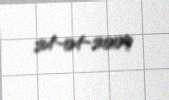
24-04-2009